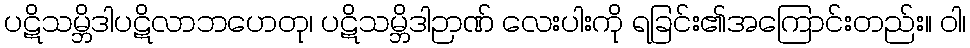
ပဋိသမ္ဘိဒါပဋိလာဘဟေတု၊ ပဋိသမ္ဘိဒါဉာဏ် လေးပါးကို ရခြင်း၏အကြောင်းတည်း။ ဝါ၊